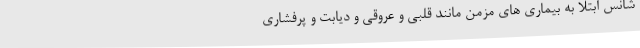
شانس ابتلا به بیماری های مزمن مانند قلبی و عروقی و دیابت و پرفشاری